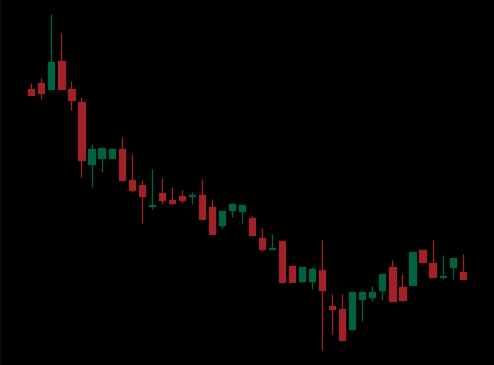
Pattern: bull_flag